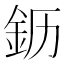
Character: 𬫂